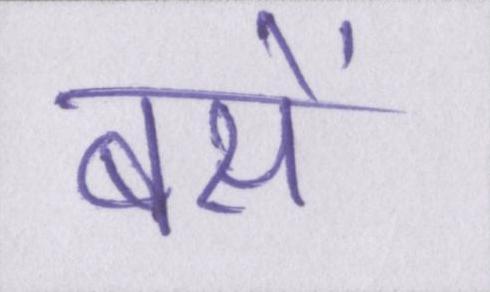
बसें